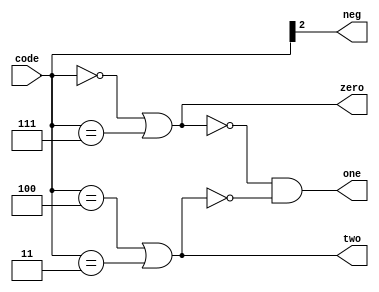
module booth_enc(
	input [2:0] code,
	output neg,
	output zero,
	output one,
	output two
);

assign neg  = code[2];
assign zero = (code==3'b000) || (code==3'b111);
assign two  = (code==3'b100) || (code==3'b011);
assign one  = !zero & !two;

endmodule